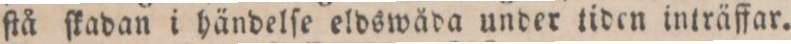
ſtå ſkadan i händelſe eldswåda under tiden inträffar.